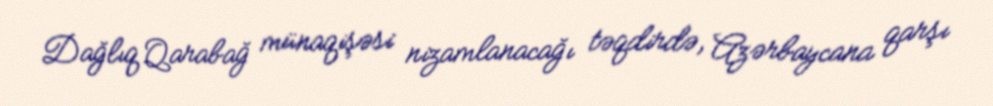
Dağlıq Qarabağ münaqişəsi nizamlanacağı təqdirdə, Azərbaycana qarşı